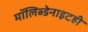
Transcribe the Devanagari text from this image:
मॉलिब्डेनाइटही